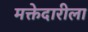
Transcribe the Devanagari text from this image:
मक्तेदारीला